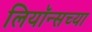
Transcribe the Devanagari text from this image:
लियॉन्सच्या